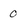
Character: 0